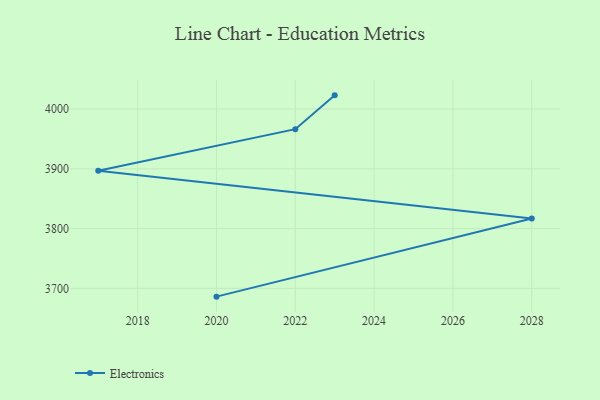
{"axis": {"x": "Year", "y": "Tickets Resolved"}, "legend": ["Electronics"], "data": [{"x": "2023", "y": 4022.8, "type": "Electronics"}, {"x": "2022", "y": 3966.3, "type": "Electronics"}, {"x": "2017", "y": 3896.8, "type": "Electronics"}, {"x": "2028", "y": 3816.8, "type": "Electronics"}, {"x": "2020", "y": 3686.2, "type": "Electronics"}]}